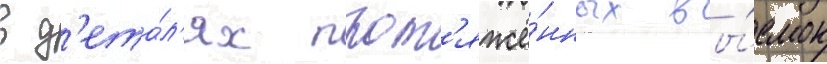
в д'ета́л'ях прот'яжё́нных вы́емок